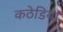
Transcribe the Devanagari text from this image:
कठेडिया